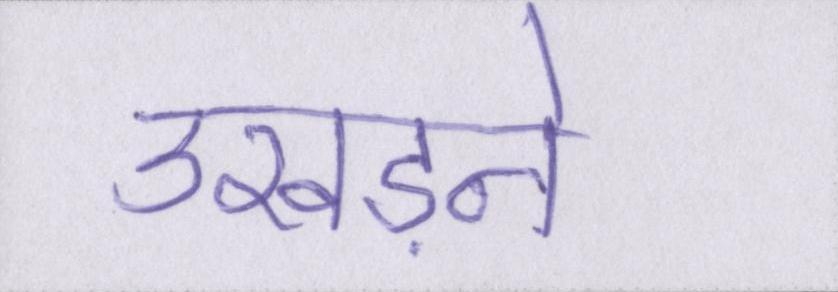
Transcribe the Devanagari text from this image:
उखड़ने